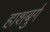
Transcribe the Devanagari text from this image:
हाशबुर्ग